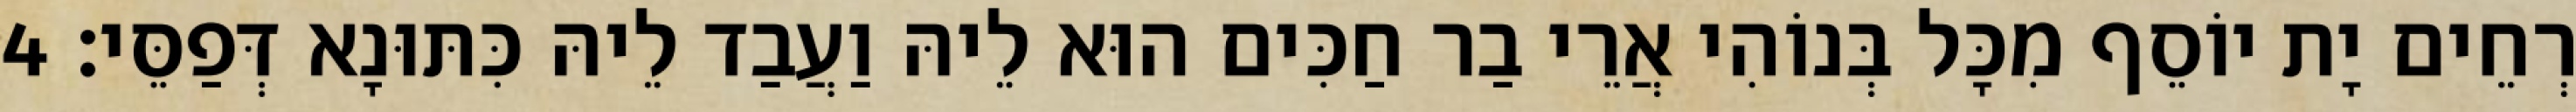
רְחֵים יָת יוֹסֵף מִכָּל בְּנוֹהִי אֲרֵי בַר חַכִּים הוּא לֵיהּ וַעֲבַד לֵיהּ כִּתּוּנָא דְּפַסֵּי׃ 4